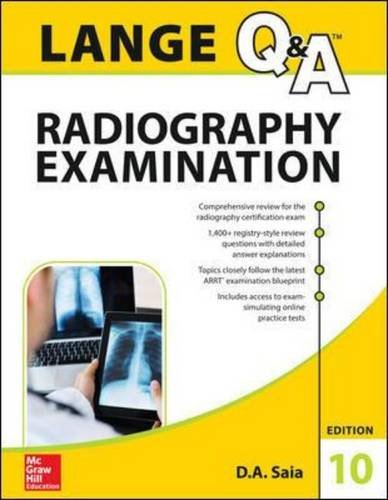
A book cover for LANGE Q&A Radiography Examination, Tenth Edition; D.A. Saia; Medical Books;